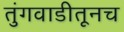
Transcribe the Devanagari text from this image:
तुंगवाडीतूनच